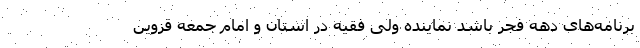
برنامه‌های دهه فجر باشد نماینده ولی فقیه در استان و امام جمعه قزوین